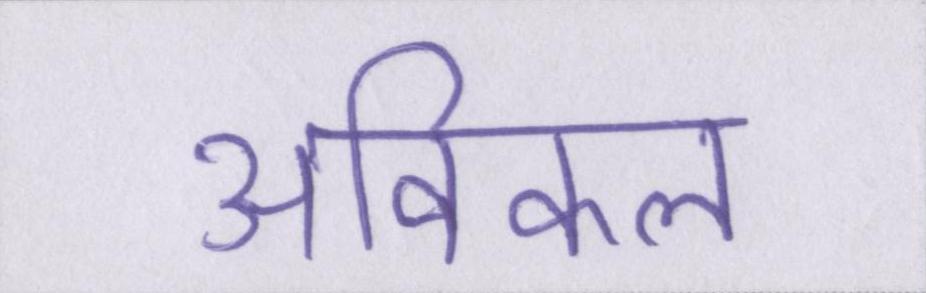
अविकल